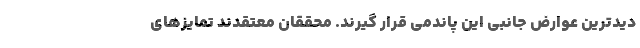
دیدترین عوارض جانبی این پاندمی قرار گیرند. محققان معتقدند تمایز‌های